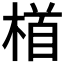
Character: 𪳂